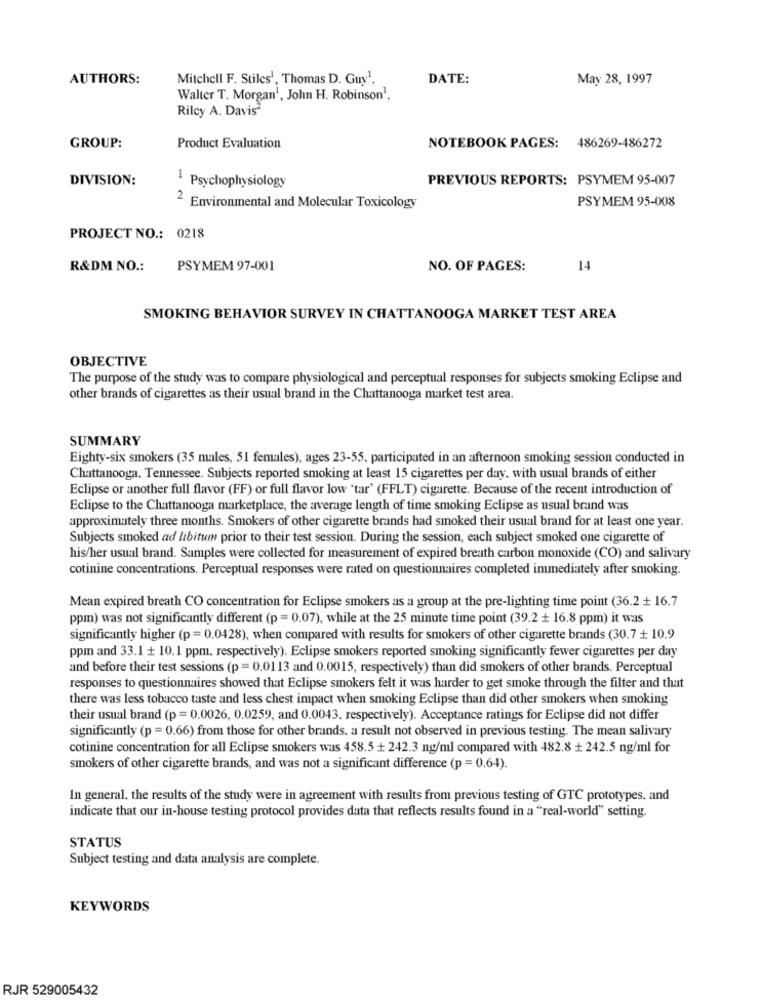
AUTHORS:
Mitchell F. Stiles1, Thomas D. Guy1,
DATE:
May 28, 1997
Walter T. Morgan', John H. Robinson1.
Rilcy A. Davis
GROUP:
Product Evaluation
NOTEBOOK PAGES: 486269-486272
DIVISION:
PREVIOUS REPORTS: PSYMEM 95-007
1 Psychophysiology
PSYMEM 95-008
2 Environmental and Molecular Toxicology
PROJECT NO .: 0218
R&DM NO .:
PSYMEM 97-001
NO. OF PAGES:
14
SMOKING BEHAVIOR SURVEY IN CHATTANOOGA MARKET TEST AREA
OBJECTIVE
The purpose of the study was to compare physiological and perceptual responses for subjects smoking Eclipse and
other brands of cigarettes as their usual brand in the Chattanooga market test area.
SUMMARY
Eighty-six smokers (35 males, 51 females), ages 23-55. participated in an afternoon smoking session conducted in
Chattanooga. Tennessee. Subjects reported smoking at least 15 cigarettes per day. with usual brands of either
Eclipse or another full flavor (FF) or full flavor low 'tar' (FFLT) cigarette. Because of the recent introduction of
Eclipse to the Chattanooga marketplace, the average length of time smoking Eclipse as usual brand was
approximately three months. Smokers of other cigarette brands had smoked their usual brand for at least one year.
Subjects smoked ad libitum prior to their test session. During the session, each subject smoked one cigarette of
his/her usual brand. Samples were collected for measurement of expired breath carbon monoxide (CO) and salivary
cotinine concentrations. Perceptual responses were rated on questionnaires completed immediately after smoking.
Mean expired breath CO concentration for Eclipse smokers as a group at the pre-lighting time point (36.2 + 16.7
ppm) was not significantly different (p = 0.07), while at the 25 minute time point (39.2 + 16.8 ppm) it was
significantly higher (p = 0.0428), when compared with results for smokers of other cigarette brands (30.7 + 10.9
ppm and 33.1 + 10.1 ppm. respectively). Eclipse smokers reported smoking significantly fewer cigarettes per day
and before their test sessions (p = 0.0113 and 0.0015, respectively) than did smokers of other brands. Perceptual
responses to questionnaires showed that Eclipse smokers felt it was harder to get smoke through the filter and that
there was less tobacco taste and less chest impact when smoking Eclipse than did other smokers when smoking
their usual brand (p =0.0026, 0.0259, and 0.0043. respectively). Acceptance ratings for Eclipse did not differ
significantly (p = 0.66) from those for other brands. a result not observed in previous testing. The mean salivary
cotinine concentration for all Eclipse smokers was 458.5 + 242.3 ng/ml compared with 482.8 + 242.5 ng/ml for
smokers of other cigarette brands, and was not a significant difference (p = 0.64).
In general. the results of the study were in agreement with results from previous testing of GTC prototypes, and
indicate that our in-house testing protocol provides data that reflects results found in a "real-world" setting.
STATUS
Subject testing and data analysis are complete.
KEYWORDS
RJR 529005432